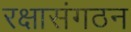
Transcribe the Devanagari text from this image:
रक्षासंगठन